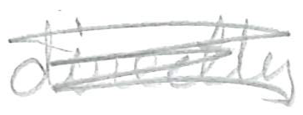
Text: directly
Cross-out: scratch
Writing tool: pencil